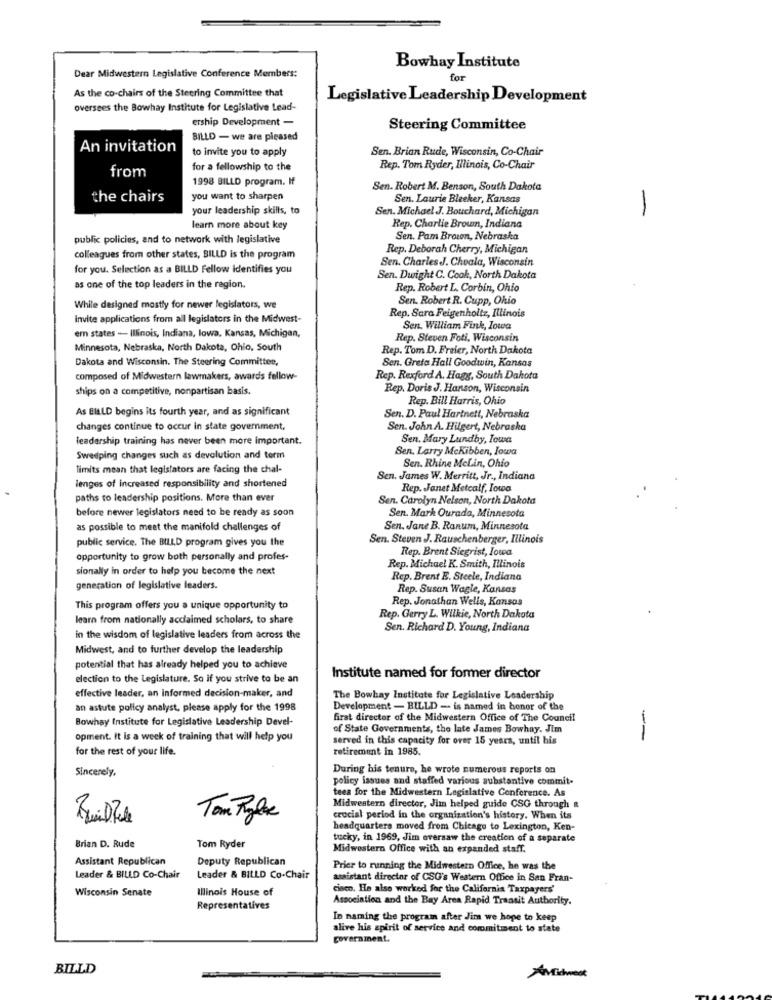
Bowhay Institute
Dear Midwestern Legislative Conference Members:
for
As the co-chairs of the Steering Committee that
Legislative Leadership Development
oversees the Bowhay Institute for Legislative Lead-
ership Development -
Steering Committee
BILLD - we are pleased
An invitation
to invite you to apply
Sen. Brian Rude, Wisconsin, Co-Chair
from
for a fellowship to the
Rep. Tom Ryder, Ilinois, Co-Chair
1998 BILLD program. If
Sen. Robert M. Benson, South Dakota
the chairs
you want to sharpen
Sen. Laurie Bleeker, Kansas
your leadership skills, to
Sen. Michael J. Bouchard, Michigan
-
learn more about key
Rep. Charlie Brown, Indiana
public policies, and to network with legislative
Sen. Pam Brown, Nebraska
Rep. Deborah Cherry, Michigan
colleagues from other states, SILLD is the program
Sen. CharlesJ. Choala, Wisconsin
for you. Selection as a BILLD Fellow Identifies you
Sen. Dwight C. Cook, North Dakota
as one of the top leaders in the region.
Rep. Robert L. Corbin, Ohio
Sen. Robert R. Cupp, Ohio
While designed mostly for newer legislators, we
Rep. Sara Feigenholtz, Illinois
Invite applications from all legislators in the Midwest-
Sen. William Fink, Iowa
em states - Illinois, Indiana, lowa, Kansas, Michigan,
Rep. Steven Foti, Wisconsin
Minnesota, Nebraska, North Dakota, Ohio, South
Rep. Tom D. Freier, North Dakota
Dakota and Wisconsin. The Steering Committee,
Sen. Greta Hall Goodwin, Kansas
composed of Midwestern lawmakers, awards fellow-
Rep. Rexford A. Hagg, South Dakota
ships on a competitive, nonpartisan basis.
Rep. Doris J. Hanson, Wisconsin
Rep. Bill Harris, Ohio
As BILLD begins its fourth year, and as significant
Sen. D. Paul Hartnett, Nebraska
changes continue to occur in state government,
Sen. John A. Hilgert, Nebraska
leadership training has never been more important.
Sen. Mary Lundby, Iowa
Sen. Larry Mckibben, Iowa
Swedping changes such as devolution and term
Sen. Rhine McLin, Ohio
limits mean that legislators are facing the chal-
Sen. James W. Merritt, Jr ., Indiana
lenges of increased responsibility and shortened
Rep. Janet Metcalf, Iowa
paths to leadership positions. More than ever
Sen. Carolyn Nelson, North Dakota
before newer legislators need to be ready as soon
Sen. Mark Ourada, Minnesota
as possible to meet the manifold challenges of
Sen. Jane B. Ranum, Minnesota
public service. The BILLD program gives you the
Sen. Steven J. Rauschenberger, Illinois
Rep. Brent Siegrist, Iowa
opportunity to grow both personally and profes-
sionally in order to help you become the next
Rep. Michael K. Smith, Illinois
Rep. Brent E. Steele, Indiana
generation of legislative leaders.
Rep. Susan Wagle, Kansas
Rep. Jonathan Wells, Kansas
This program offers you a unique opportunity to
learn from nationally acclaimed scholars, to share
Rep. Gerry L. Wilkie, North Dakota
Sen. Richard D. Young, Indiana
in the wisdom of legislative leaders from across the
Midwest, and to further develop the leadership
potential that has already helped you to achieve
election to the Legislature. So if you strive to be an
Institute named for former director
effective leader, an informed decision-maker, and
The Bowhay Institute for Legislative Leadership
an astute policy analyst, please apply for the 1998
Development - BILLD - is named in honor of the
Bowhay Institute for Legislative Leadership Devel-
firat director of the Midwestern Office of The Council
of State Governments, the late James Bowhay. Jim
opment. It is a week of training that will help you
served in this capacity for over 15 years, until his
--
for the rest of your life.
retirement in 1985.
Sincerely,
During his tenure, he wrote numerous reports on
policy issues and staffed various substantive commit-
teea for the Midwestern Legislative Conference. As
Midwestern director, Jim helped guide CSG through &
crucial period in the organization's history. When its
headquarters moved from Chicago to Lexington, Ken-
Tom Ryder
tucky, in 1969, Jim oversaw the creation of a separate
Brian D. Rude
Midwestern Office with an expanded staff.
Assistant Republican
Deputy Republican
Prior to running the Midwestern Office, he was the
Leader & BILLD Co-Chair
Leader & BILLD Co-Chair
assistant director of CSG's Western Office in San Fran-
Wisconsin Senate
Illinois House of
cisco. He also worked for the California Taxpayers'
Association and the Bay Area Rapid Transit Authority.
Representatives
In naming the program after Jim we hope to keep
alive his spirit of service and commitment to state
government.
BILLD